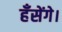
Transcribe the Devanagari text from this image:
हँसेंगे।